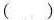
( )